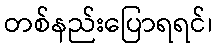
တစ်နည်းပြောရရင်၊